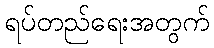
ရပ်တည်ရေးအတွက်